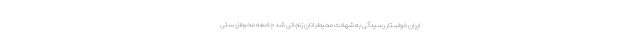
ایران خواستار رسیدگی به شهادت محیط‌بانان زنجانی شد جامعه محیط‌زیستی